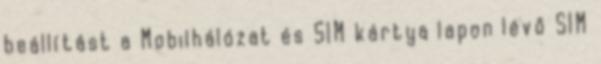
beállítást a Mobilhálózat és SIM kártya lapon lévő SIM